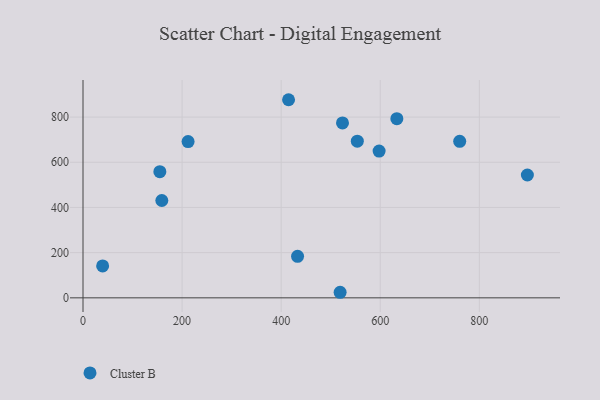
{"axis": {"x": "Speed", "y": "Fuel Efficiency"}, "legend": ["Cluster B"], "data": [{"x": "159.1", "y": 430.8, "type": "Cluster B"}, {"x": "519.0", "y": 24.6, "type": "Cluster B"}, {"x": "523.8", "y": 773.9, "type": "Cluster B"}, {"x": "39.6", "y": 141.3, "type": "Cluster B"}, {"x": "212.1", "y": 691.4, "type": "Cluster B"}, {"x": "553.7", "y": 693.4, "type": "Cluster B"}, {"x": "414.9", "y": 876.8, "type": "Cluster B"}, {"x": "597.7", "y": 649.5, "type": "Cluster B"}, {"x": "633.5", "y": 793.0, "type": "Cluster B"}, {"x": "433.1", "y": 183.8, "type": "Cluster B"}, {"x": "155.1", "y": 558.2, "type": "Cluster B"}, {"x": "760.4", "y": 692.6, "type": "Cluster B"}, {"x": "897.0", "y": 543.6, "type": "Cluster B"}]}